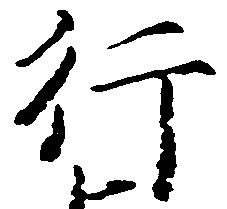
行